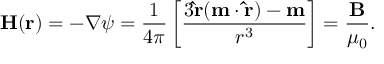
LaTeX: { \mathbf { H } } ( { \mathbf { r } } ) = - \nabla \psi = { \frac { 1 } { 4 \pi } } \left[ { \frac { 3 \mathbf { \hat { r } } ( \mathbf { m } \cdot \mathbf { \hat { r } } ) - \mathbf { m } } { r ^ { 3 } } } \right] = { \frac { \mathbf { B } } { \mu _ { 0 } } } .